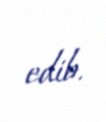
edib.